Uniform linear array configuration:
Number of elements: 24
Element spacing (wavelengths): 0.5
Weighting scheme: hann
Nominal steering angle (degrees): -45
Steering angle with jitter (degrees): -46.998
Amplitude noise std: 0.05
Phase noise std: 0.05

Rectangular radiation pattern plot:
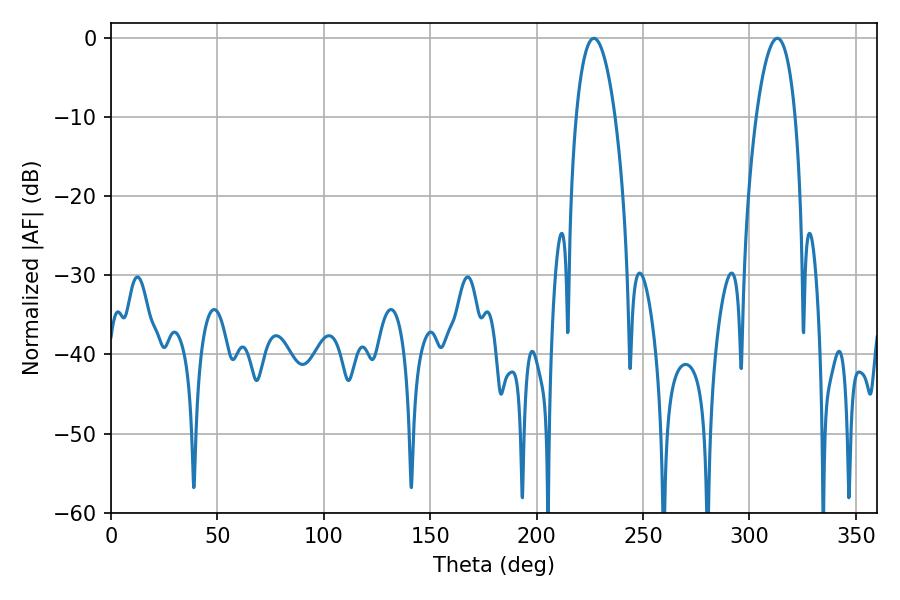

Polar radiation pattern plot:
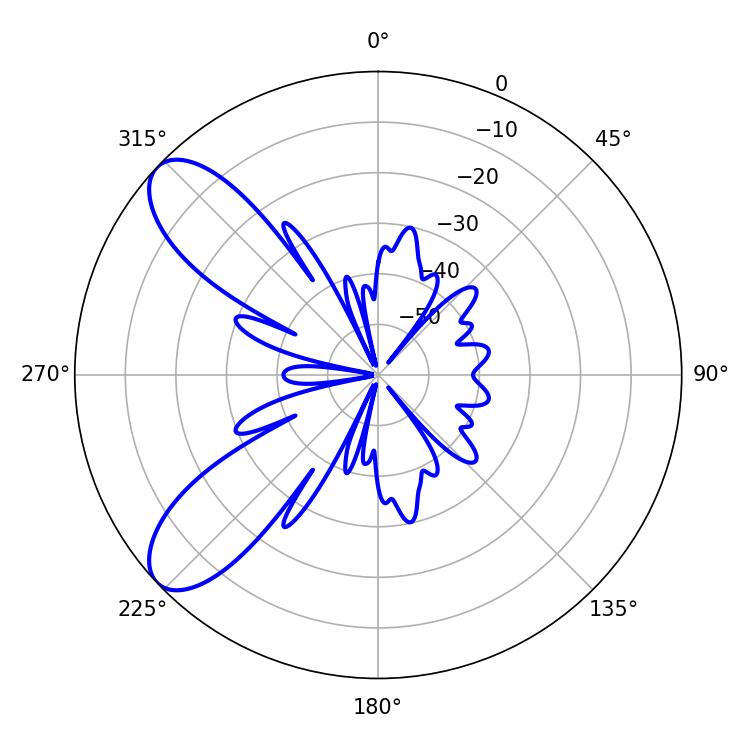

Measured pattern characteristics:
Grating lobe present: FALSE
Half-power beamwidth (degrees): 10.08
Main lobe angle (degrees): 226.98